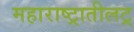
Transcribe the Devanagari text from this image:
महाराष्ट्रातीलट्र